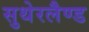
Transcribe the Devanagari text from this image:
सुथेरलैण्ड